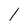
Character: l